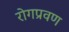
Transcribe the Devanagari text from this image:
रोगप्रवण